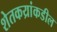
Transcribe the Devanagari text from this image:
शेतकय्रांकडील